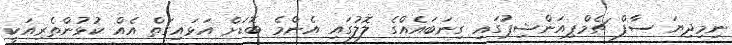
ނިމިދިޔަ ސާފް ޗެމްޕިއަންޝިޕުގައި ގިނަބައެއްގެ ލޮލުގައި އެންމެ ބޮޑަށް އަޅައިގަތް އެއް ކުޅުންތެރިއަކީ